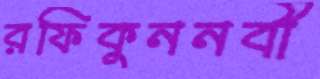
রফিকুননবী